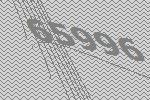
65996